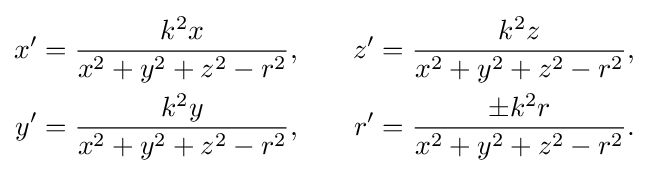
{\begin{aligned}x^{\prime }&={\frac {k^{2}x}{x^{2}+y^{2}+z^{2}-r^{2}}},\quad &z^{\prime }&={\frac {k^{2}z}{x^{2}+y^{2}+z^{2}-r^{2}}},\\y'&={\frac {k^{2}y}{x^{2}+y^{2}+z^{2}-r^{2}}},&r^{\prime }&={\frac {\pm k^{2}r}{x^{2}+y^{2}+z^{2}-r^{2}}}.\end{aligned}}